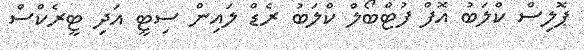
ޕޮލިސް ކްލަބު އޮފް ފުޓްބޯލް ކްލަބު ރެޑް ލައިން ސިޓީ އަދި ޓީރެކްސް